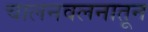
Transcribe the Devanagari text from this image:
चालनवलनातून